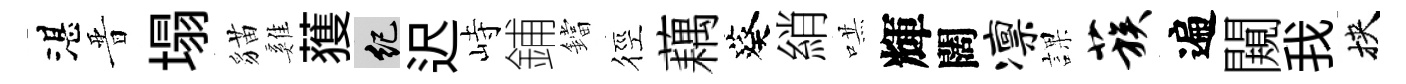
湛晋塌貓雞𫉬紀迟峙鋪鐺徑藕葵綃哄輝闊凛課蔟遍闚我挾